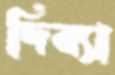
দিব্যা